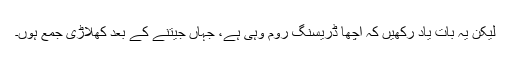
لیکن یہ بات یاد رکھیں کہ اچھا ڈریسنگ روم وہی ہے، جہاں جیتنے کے بعد کھلاڑی جمع ہوں۔